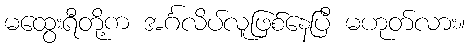
မထွေးရီတို့က အင်္ဂလိပ်လူဖြစ်နေပြီ မဟုတ်လား။